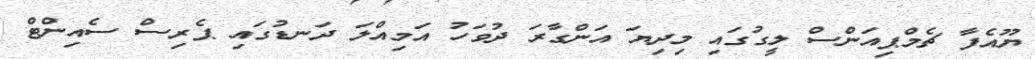
ޔޫއެފާ ޗެމްޕިއަންސް ލީގުގައި މިދިޔަ އަންގާރަ ދުވަހު އަމިއްލަ ދަނޑުގައި ޕެރިސް ސެއިންޓް